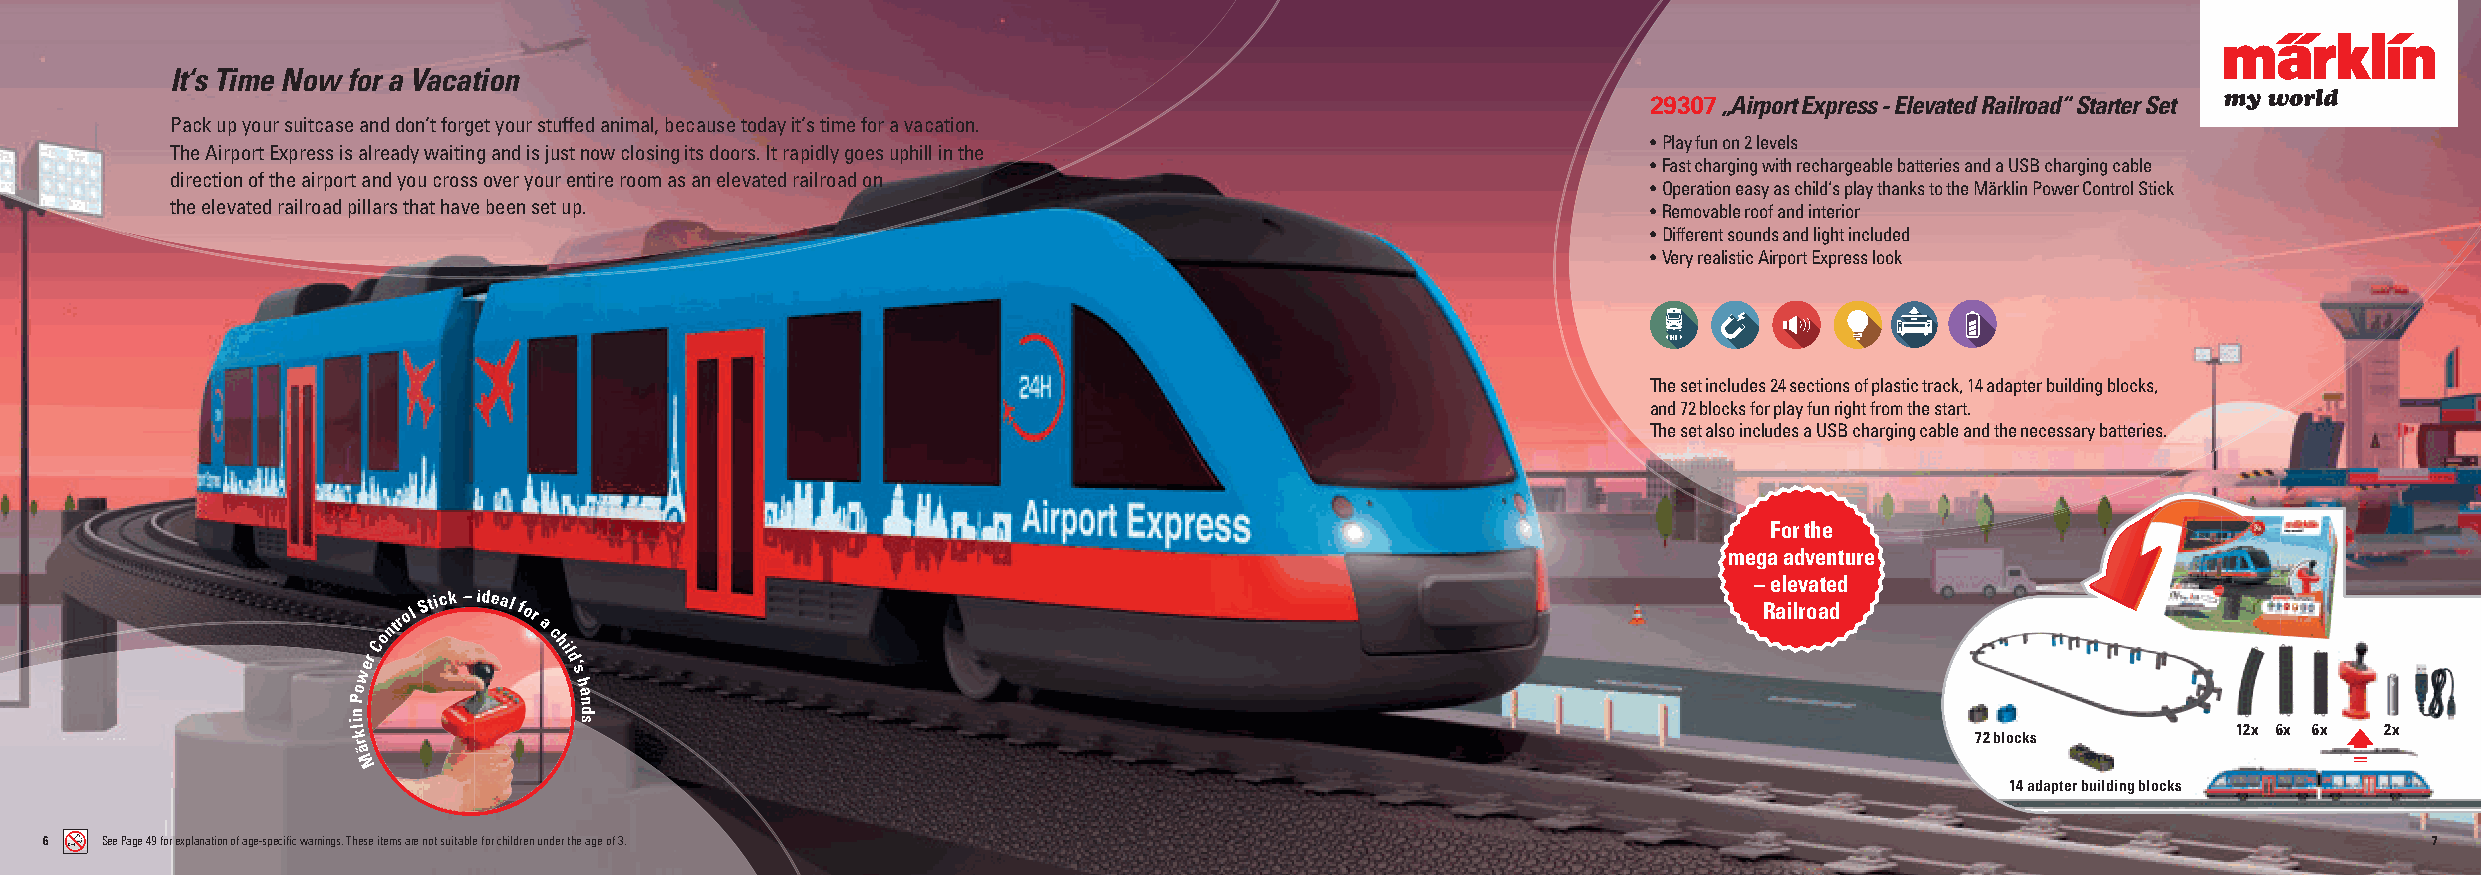
It‘s Time Now for a Vacation
 29307„Airport Express - Elevated Railroad“ Starter Set
 Pack up your suitcase and don‘t forget your stuffed animal, because today it‘s time for a vacation.
 • Play fun on 2 levels
 The Airport Express is already waiting and is just now closing its doors. It rapidly goes uphill in the
 • Fast charging with rechargeable batteries and a USB charging cable
 direction of the airport and you cross over your entire room as an elevated railroad on
 • Operation easy as child‘s play thanks to the Märklin Power Control Stick
 the elevated railroad pillars that have been set up.                                              • Removable roof and interior
 • Different sounds and light included
 • Very realistic Airport Express look
 The set includes 24 sections of plastic track, 14 adapter building blocks,
 and 72 blocks for play fun right from the start.
 The set also includes a USB charging cable and the necessary batteries.
 For the
 mega adventure
 – elevated
 ntrol
 Stick –idealfor
 a
 Railroad
 o          c
 werC         hil
 d‘
 s
 o              h
 P              a n
 n              d
 il
 k
 s
 72 blocks
 12x 6x 6x 2x
 r
 ä
 M
 14 adapter building blocks
 6   See Page 49 for explanation of age-specifi c warnings. These items are not suitable for children under the age of 3.                                      7